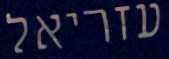
עזריאל